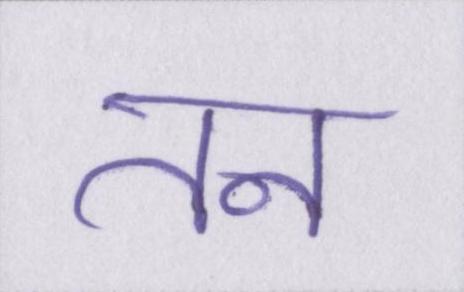
तन